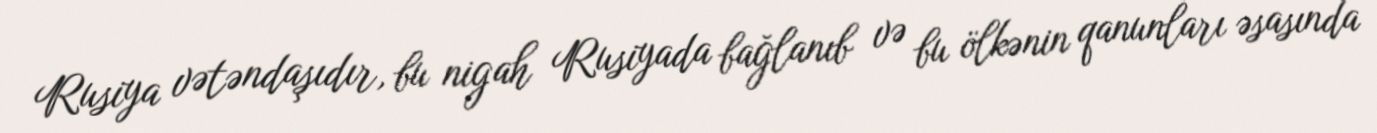
Rusiya vətəndaşıdır, bu nigah Rusiyada bağlanıb və bu ölkənin qanunları əsasında